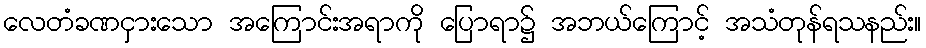
လေတံခဏငှားသော အကြောင်းအရာကို ပြောရာ၌ အဘယ်ကြောင့် အသံတုန်ရသနည်း။